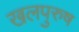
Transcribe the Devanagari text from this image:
खलपुरुष